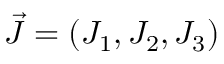
\Vec { J } = ( J _ { 1 } , J _ { 2 } , J _ { 3 } )